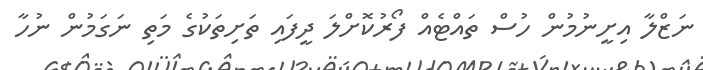
ނަޒްލާ އިށީނުމުން ހުސް ތައްޓެއް ފޯރުކޮށްލަ ދީފައި ތަށިތަކުގެ މަތި ނަގަމުން ނުހާ